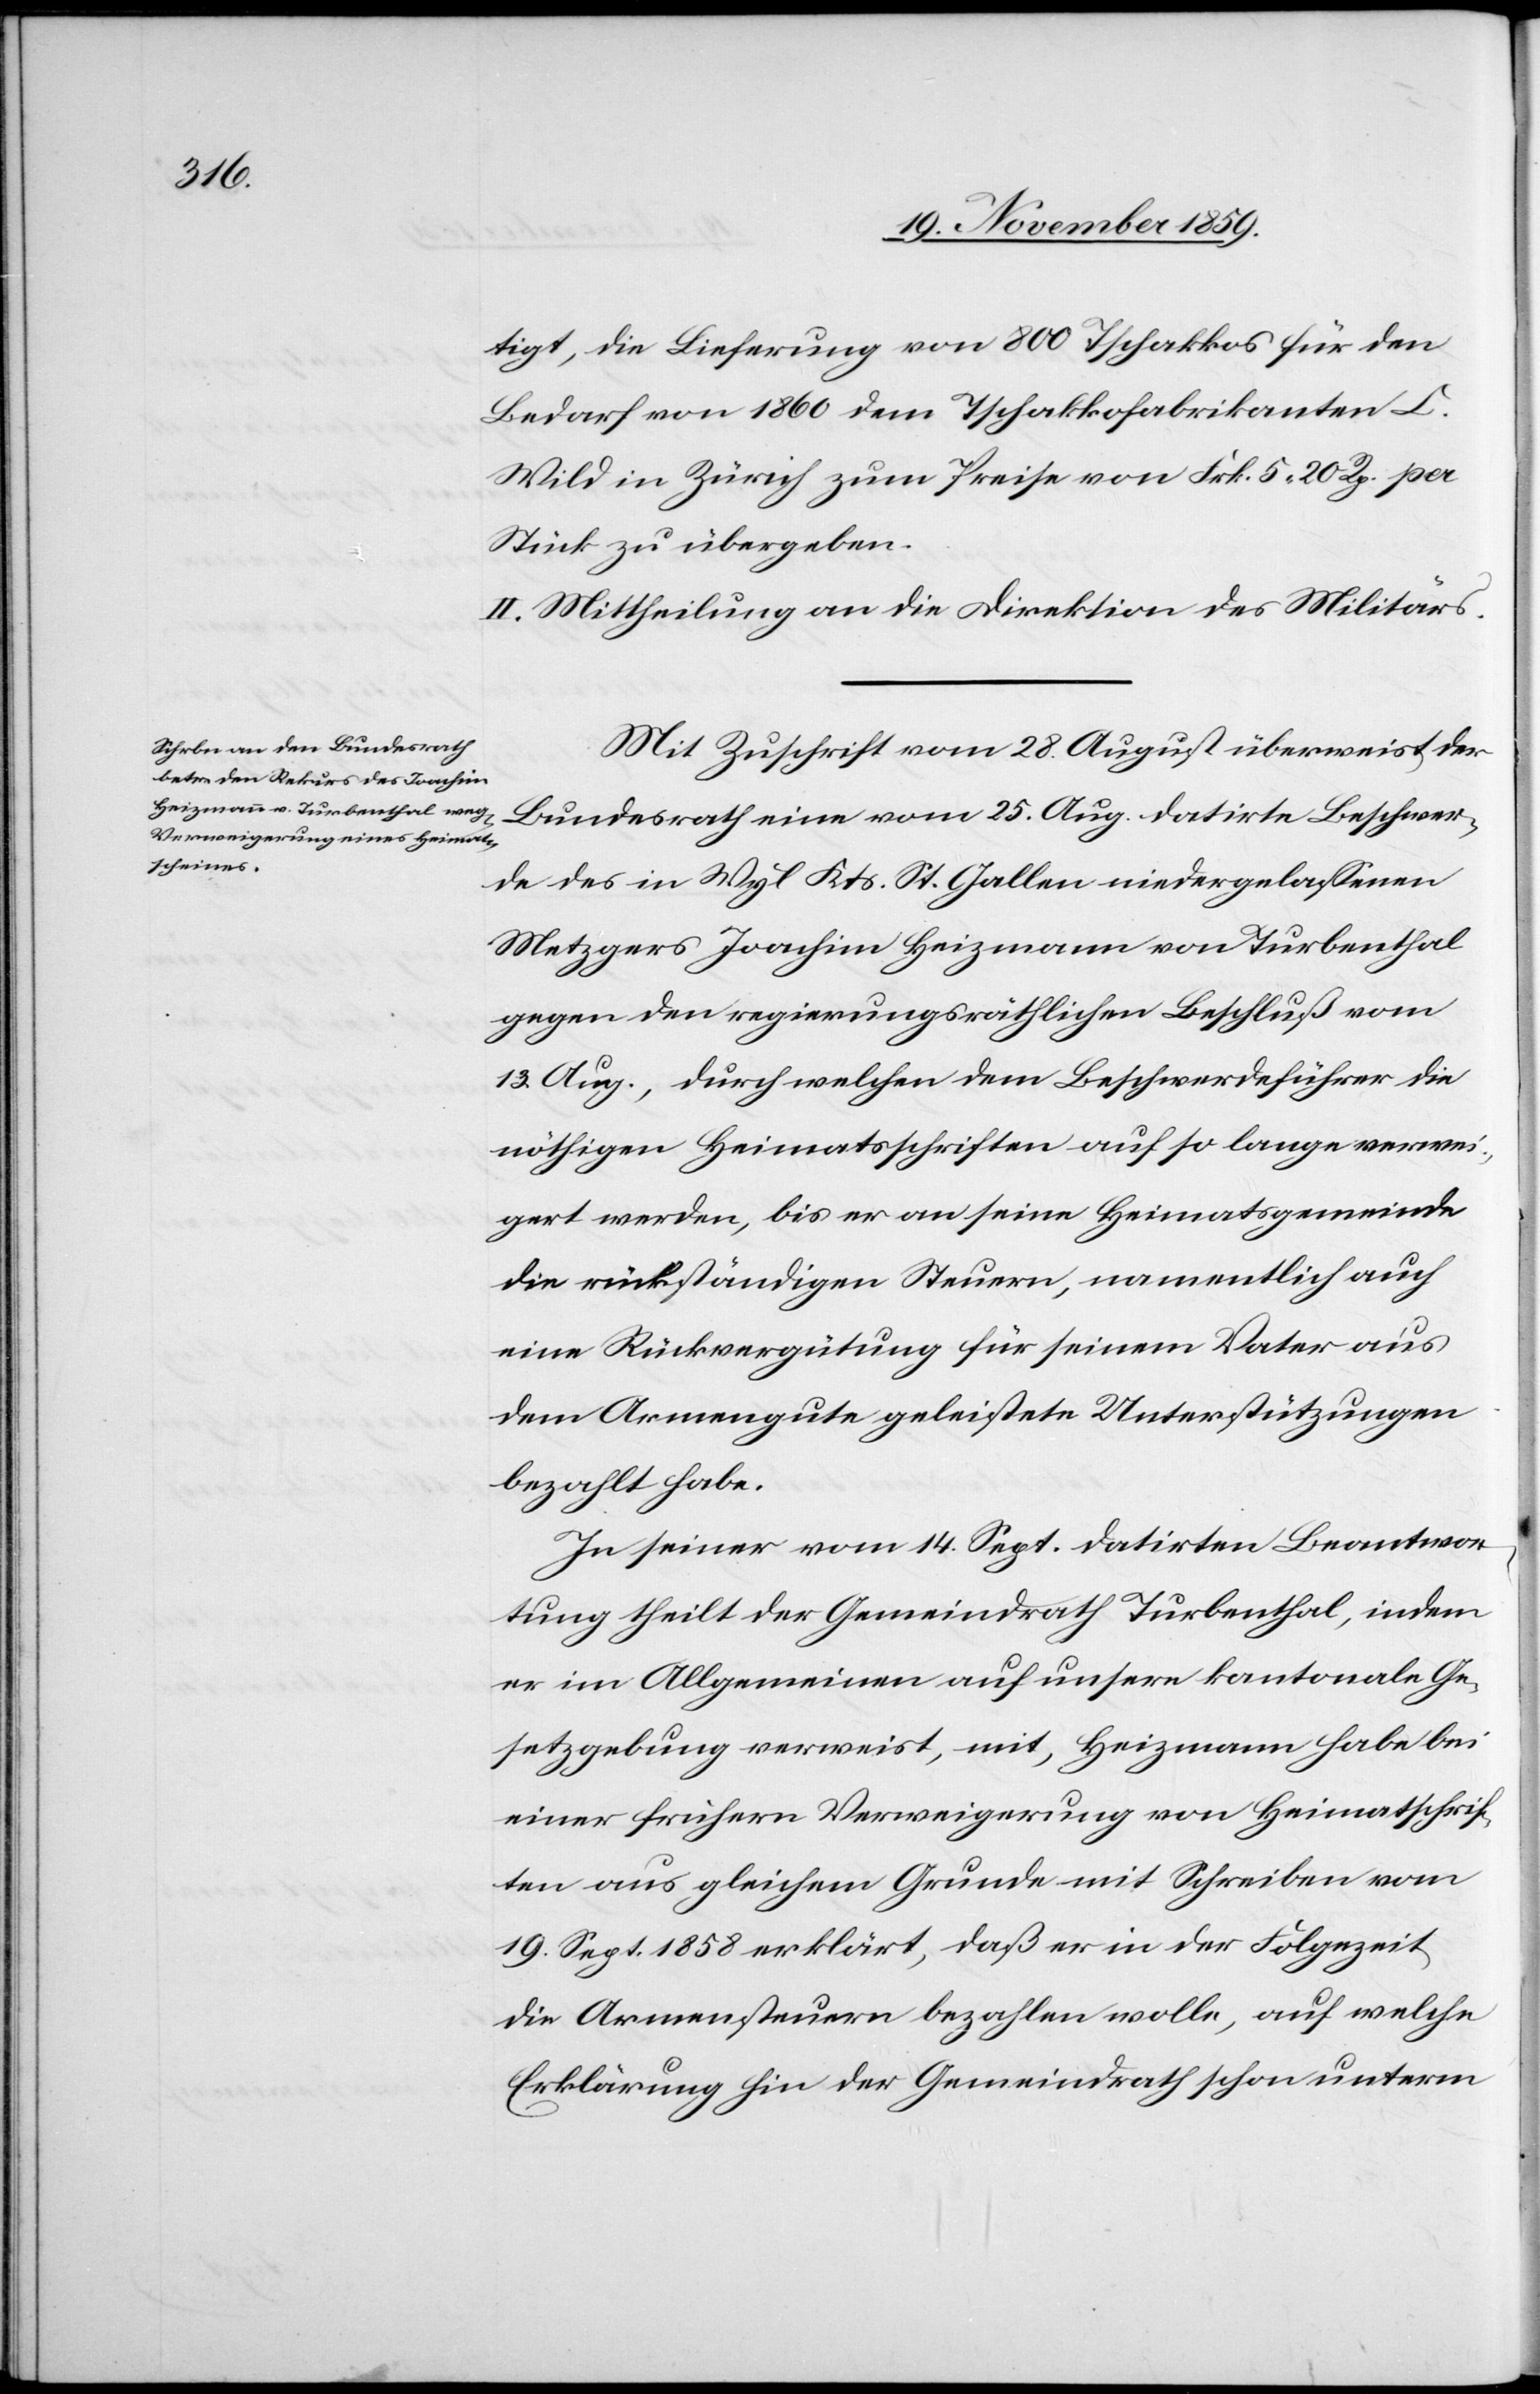
tigt, die Lieferung von 800 Tschakkos für den
Bedarf von 1860 dem Tschakkofabrikanten C.
Wild in Zürich zum Preise von Frk. 5 20 Rp. per
Stück zu übergeben.
II. Mittheilung an die Direktion des Militärs.
Mit Zuschrift vom 28. August überweist der
Bundesrath eine vom 25. Aug. datirte Beschwer¬
de des in Wyl Kts. St. Gallen niedergelassenen
Metzgers Joachim Heizmann von Turbenthal
gegen den regierungsräthlichen Beschluß vom
13. Aug., durch welchen dem Beschwerdeführer die
nöthigen Heimatsschriften auf so lange verwei¬
gert werden, bis er an seine Heimatgemeinde
die rückständigen Steuern, namentlich auch
eine Rückvergütung für seinem Vater aus
dem Armengute geleistete Unterstützungen
bezahlt habe.
In seiner vom 14. Sept. datirten Beantwor¬
tung theilt der Gemeindrath Turbenthal, indem
er im Allgemeinen auf unsere kantonale Ge¬
setzgebung verweist, mit, Heizmann habe bei
einer frühern Verweigerung von Heimatschrif¬
ten aus gleichem Grunde mit Schreiben vom
19. Sept. 1858 erklärt, daß er in der Folgezeit
die Armensteuern bezahlen wolle, auf welche
Erklärung hin der Gemeindrath schon unterm